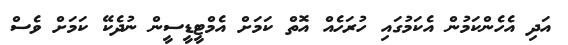
އަދި އެހެންކަމުން އެކަމުގައި ހުރަހެއް އޮތް ކަމަށް އެމްޓީޑީސީން ނުދެކޭ ކަމަށް ވެސް